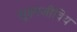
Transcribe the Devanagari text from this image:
सूक्ष्मजीविय